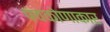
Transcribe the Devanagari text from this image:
पंचकोणाकार